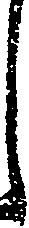
し